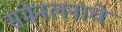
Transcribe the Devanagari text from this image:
संमेनलनाचे